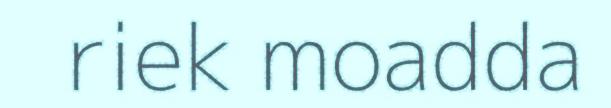
riek moadda